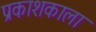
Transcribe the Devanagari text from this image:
प्रकाशकाला